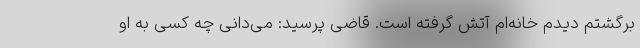
برگشتم دیدم خانه‌ام آتش گرفته است. قاضی پرسید: می‌دانی چه کسی به او